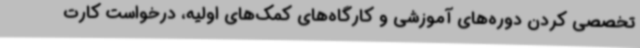
تخصصی کردن دوره‌های آموزشی و کارگاه‌های کمک‌های اولیه، درخواست کارت